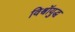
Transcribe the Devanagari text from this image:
विश्वॉयुद्ध